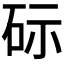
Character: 𮀔